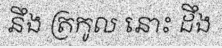
នឹង ត្រកូល នោះ ដឹង